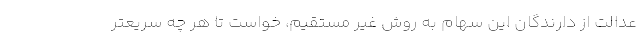
عدالت از دارندگان این سهام به روش غیر مستقیم، خواست تا هر چه سریعتر